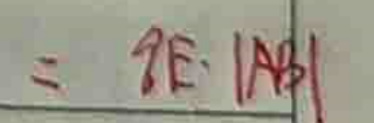
$= 2 E \cdot \vert A B \vert$